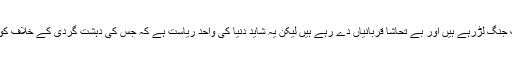
اسی طرح ہم دہشت گردی کے خلاف جنگ لڑرہے ہیں اور بے تحاشا قربانیاں دے رہے ہیں لیکن یہ شاید دنیا کی واحد ریاست ہے کہ جس کی دہشت گردی کے خلاف کوئی واضح اور جامع پالیسی نہیں ہے۔